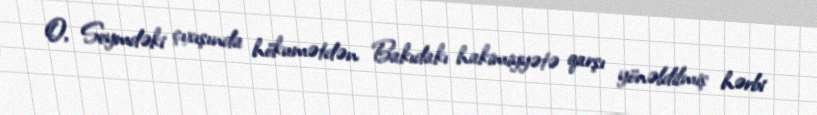
O, Seymdəki çıxışında hökumətdən Bakıdakı hakimiyyətə qarşı yönəldilmiş hərbi